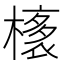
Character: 橠